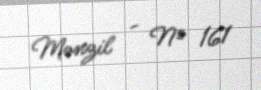
Mənzil - № 161